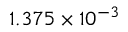
1 . 3 7 5 \times 1 0 ^ { - 3 }